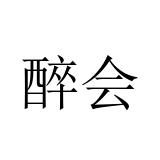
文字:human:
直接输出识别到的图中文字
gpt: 醉会